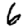
Digit: 6